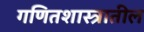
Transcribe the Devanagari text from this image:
गणितशास्त्रातील